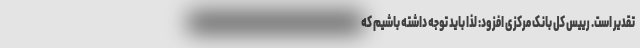
تقدیر است. رییس کل بانک مرکزی افزود: لذا باید توجه داشته باشیم که